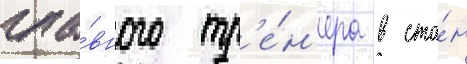
гла́вного тр'е́н'ера в ста́н